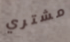
مشتري